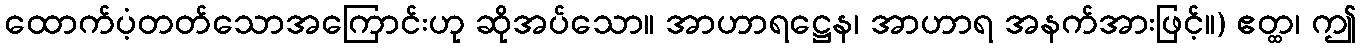
ထောက်ပံ့တတ်သောအကြောင်းဟု ဆိုအပ်သော။ အာဟာရဋ္ဌေန၊ အာဟာရ အနက်အားဖြင့်။) ဧတ္ထ၊ ဤ